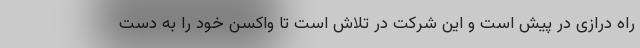
راه درازی در پیش است و این شرکت در تلاش است تا واکسن خود را به دست